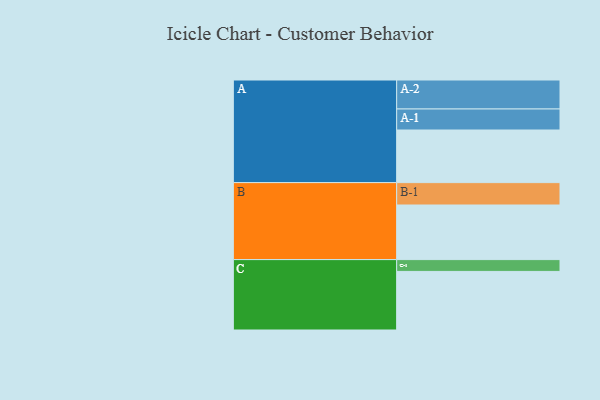
{"axis": {"x": "Segment", "y": "Value"}, "legend": ["", "A", "B", "C"], "data": [{"x": "A", "y": 503, "type": ""}, {"x": "B", "y": 522, "type": ""}, {"x": "C", "y": 560, "type": ""}, {"x": "A-1", "y": 201, "type": "A"}, {"x": "A-2", "y": 277, "type": "A"}, {"x": "B-1", "y": 214, "type": "B"}, {"x": "C-1", "y": 113, "type": "C"}]}